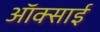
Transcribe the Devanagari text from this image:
ऑक्साई